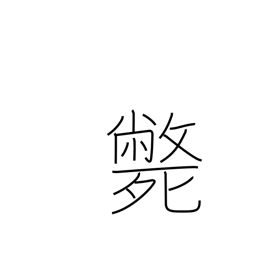
Meaning: die violent death